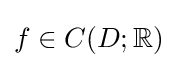
{\textstyle f\in C(D;\mathbb {R} )}